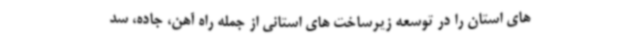
های استان را در توسعه زیرساخت های استانی از جمله راه آهن، جاده، سد